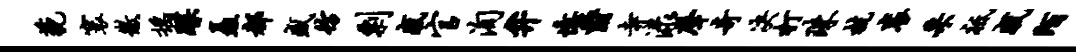
藐寰徽摇蹀矗都盛彷剽感官洵弁忆爵寺渌声奇决打珠杭衮采祗戚陌